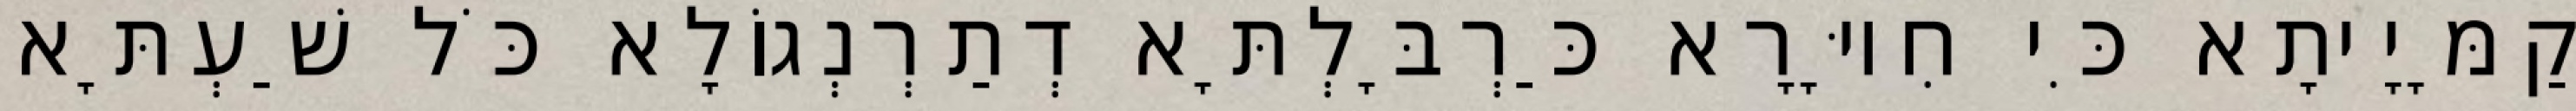
קַמָּיָיתָא כִּי חִיוָּרָא כַּרְבָּלְתָּא דְתַרְנְגוֹלָא כֹּל שַׁעְתָּא